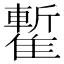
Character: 𩀧